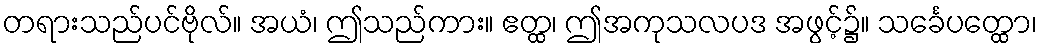
တရားသည်ပင်ဗိုလ်။ အယံ၊ ဤသည်ကား။ ဧတ္ထ၊ ဤအကုသလပဒ အဖွင့်၌။ သင်္ခေပတ္ထော၊